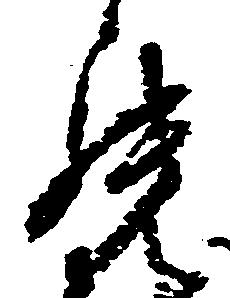
罷